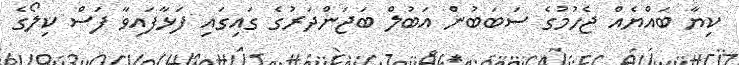
ކިޔާ ބައްޔެއް ޖެހުމުގެ ސަބަބުން އަބުލް ބަޖަންދަރުގެ ގައިގައި ފަޅާފައިވާ ފަސް ކިލޯގެ